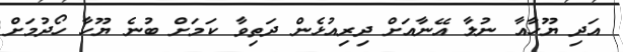
އަދި ޔޫހާއާ ނުލާ އޭނާއަށް ދިރިއުޅެން ދަތިވާ ކަމަށް ބުނެ ޔޫހާ ހޯދުމަށް